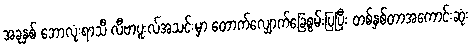
အခုနှစ် ဘောလုံးရာသီ လီဗာပူးလ်အသင်းမှာ တောက်လျှောက်ခြေစွမ်းပြပြီး တစ်နှစ်တာအကောင်းဆုံး